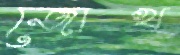
জোখ